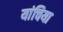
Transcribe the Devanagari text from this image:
यांचिया